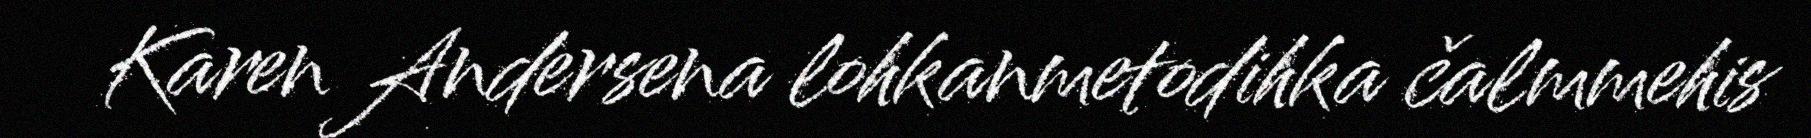
Karen Andersena lohkanmetodihka čalmmehis